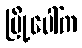
မြို့ပေါ်က